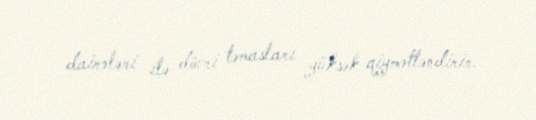
dairələri ilə dövri təmasları yüksək qiymətləndirir.